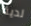
لدية